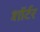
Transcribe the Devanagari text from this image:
शॉर्टर